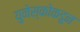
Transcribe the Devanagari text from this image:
युनेस्कोकडून